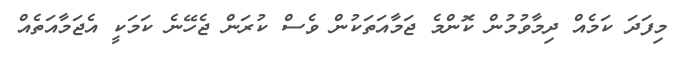
މިފަދަ ކަމެއް ދިމާވުމުން ކޮންމެ ޖަމާއަތަކުން ވެސް ކުރަން ޖެހޭނެ ކަމަކީ އެޖަމާއަތެއް